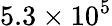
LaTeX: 5.3\times 10^{5}